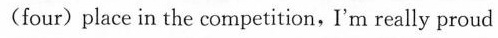
(four) place in the competition, I'm really proud